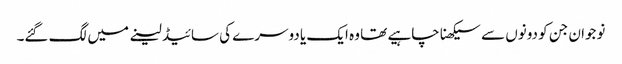
نوجوان جن کو دونوں سے سیکھنا چاہیے تھا وہ ایک یا دوسرے کی سائیڈ لینے میں لگ گئے۔